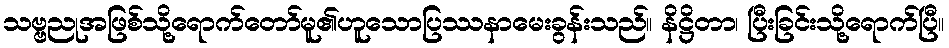
သဗ္ဗညုအဖြစ်သို့ရောက်တော်မူ၏ဟူသောပြဿနာမေးခွန်းသည်။ နိဋ္ဌိတာ၊ ပြီးခြင်းသို့ရောက်ပြီ။